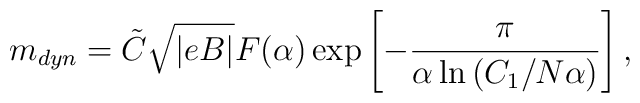
m_{dyn} =\tilde C \sqrt{|eB|} F(\alpha)\exp\left[-\frac{\pi}{\alpha\ln\left(C_1/N\alpha\right)}\right],